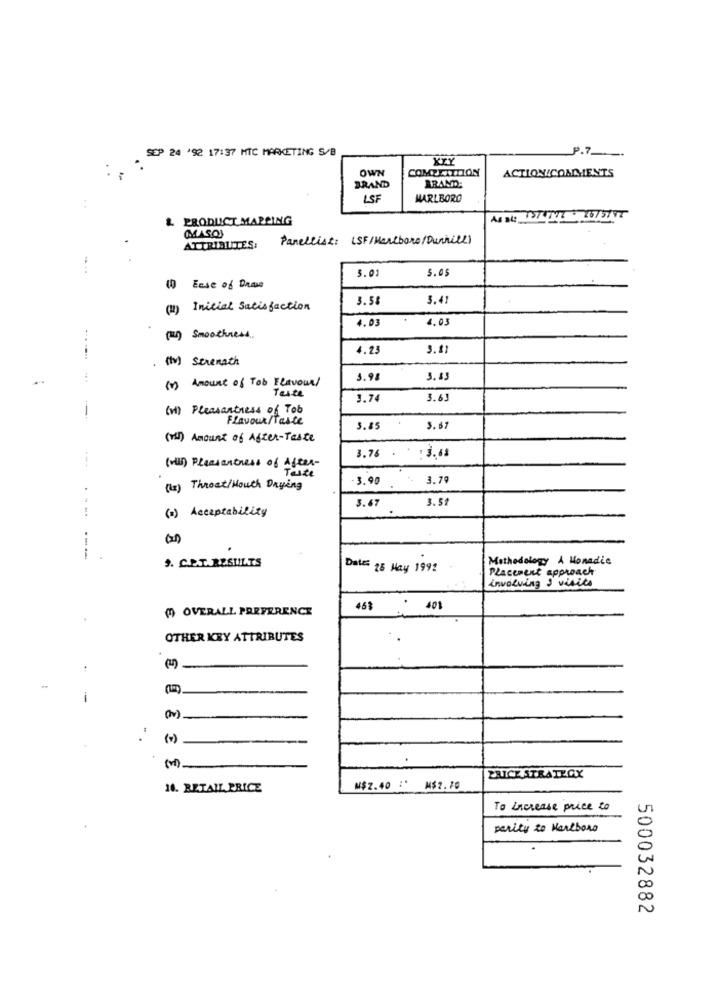
SEP 24 '92 17:37 MIC MARKETING S/B
P.7.
KLY
OWN
COMPETITION
ACTION/COMMENTS
BRAND
BRAND:
LSF
MARLBORO
PRODUCT MAPPING
MASO
Panellist: (SF/Marlboro/Dunhill)
ATTRIBUTES:
5.01
5. 0
10 Ease of Dnase
3.58
3.4
(Ii) Inicial Satisfaction
4.03
4.03
(un) Smoothness,
4.23
3.8
(tv) Strength
(v) Amount of Tob Flavour
3.98
3. 8.
Teste
3.74
3.6.
(vi) Pleasantness of Tob
Flavour/Taste
3.85
(r) Amount of After-Taste
3.76
1 3.63
(viii) Pleasantness of After-
Taste
3.90
3.7
(13) Throat/ Mouth Drying
3.67
3.5
:
...
(=) Acceptability
---
S. C.E.T. RESULTS
Methodology A Monadic
Date 25 May 1992
Placement approach
involving & visits
( OVERALL PREFERENCE
46$
* 401
OTHER KRY ATTRIBUTES
-
-
( 1 )
PRICESTRATEGY
14. RETAIL PRICE
M$2.40 :' M$2.70
To increase price to
parity to Marlboro
500032882